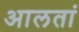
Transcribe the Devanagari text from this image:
आलतां